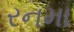
રનમા